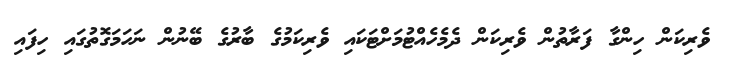
ވެރިކަން ހިންގާ ފަރާތުން ވެރިކަން ދެމެހެއްޓުމަށްޓަކައި ވެރިކަމުގެ ބާރުގެ ބޭނުން ނަހަމަގޮތުގައި ހިފައި